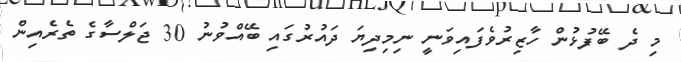
މި ދެ ބޭފުޅުން ހާޒިރުވެފައިވަނީ ނިމިދިޔަ ދައުރުގައި ބޭއްވުނު 30 ޖަލްސާގެ ތެރެއިން